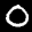
Label: 0